65_HS1-834228961_62-HQ-83894_Section_8
Agency: FBI
Page 47
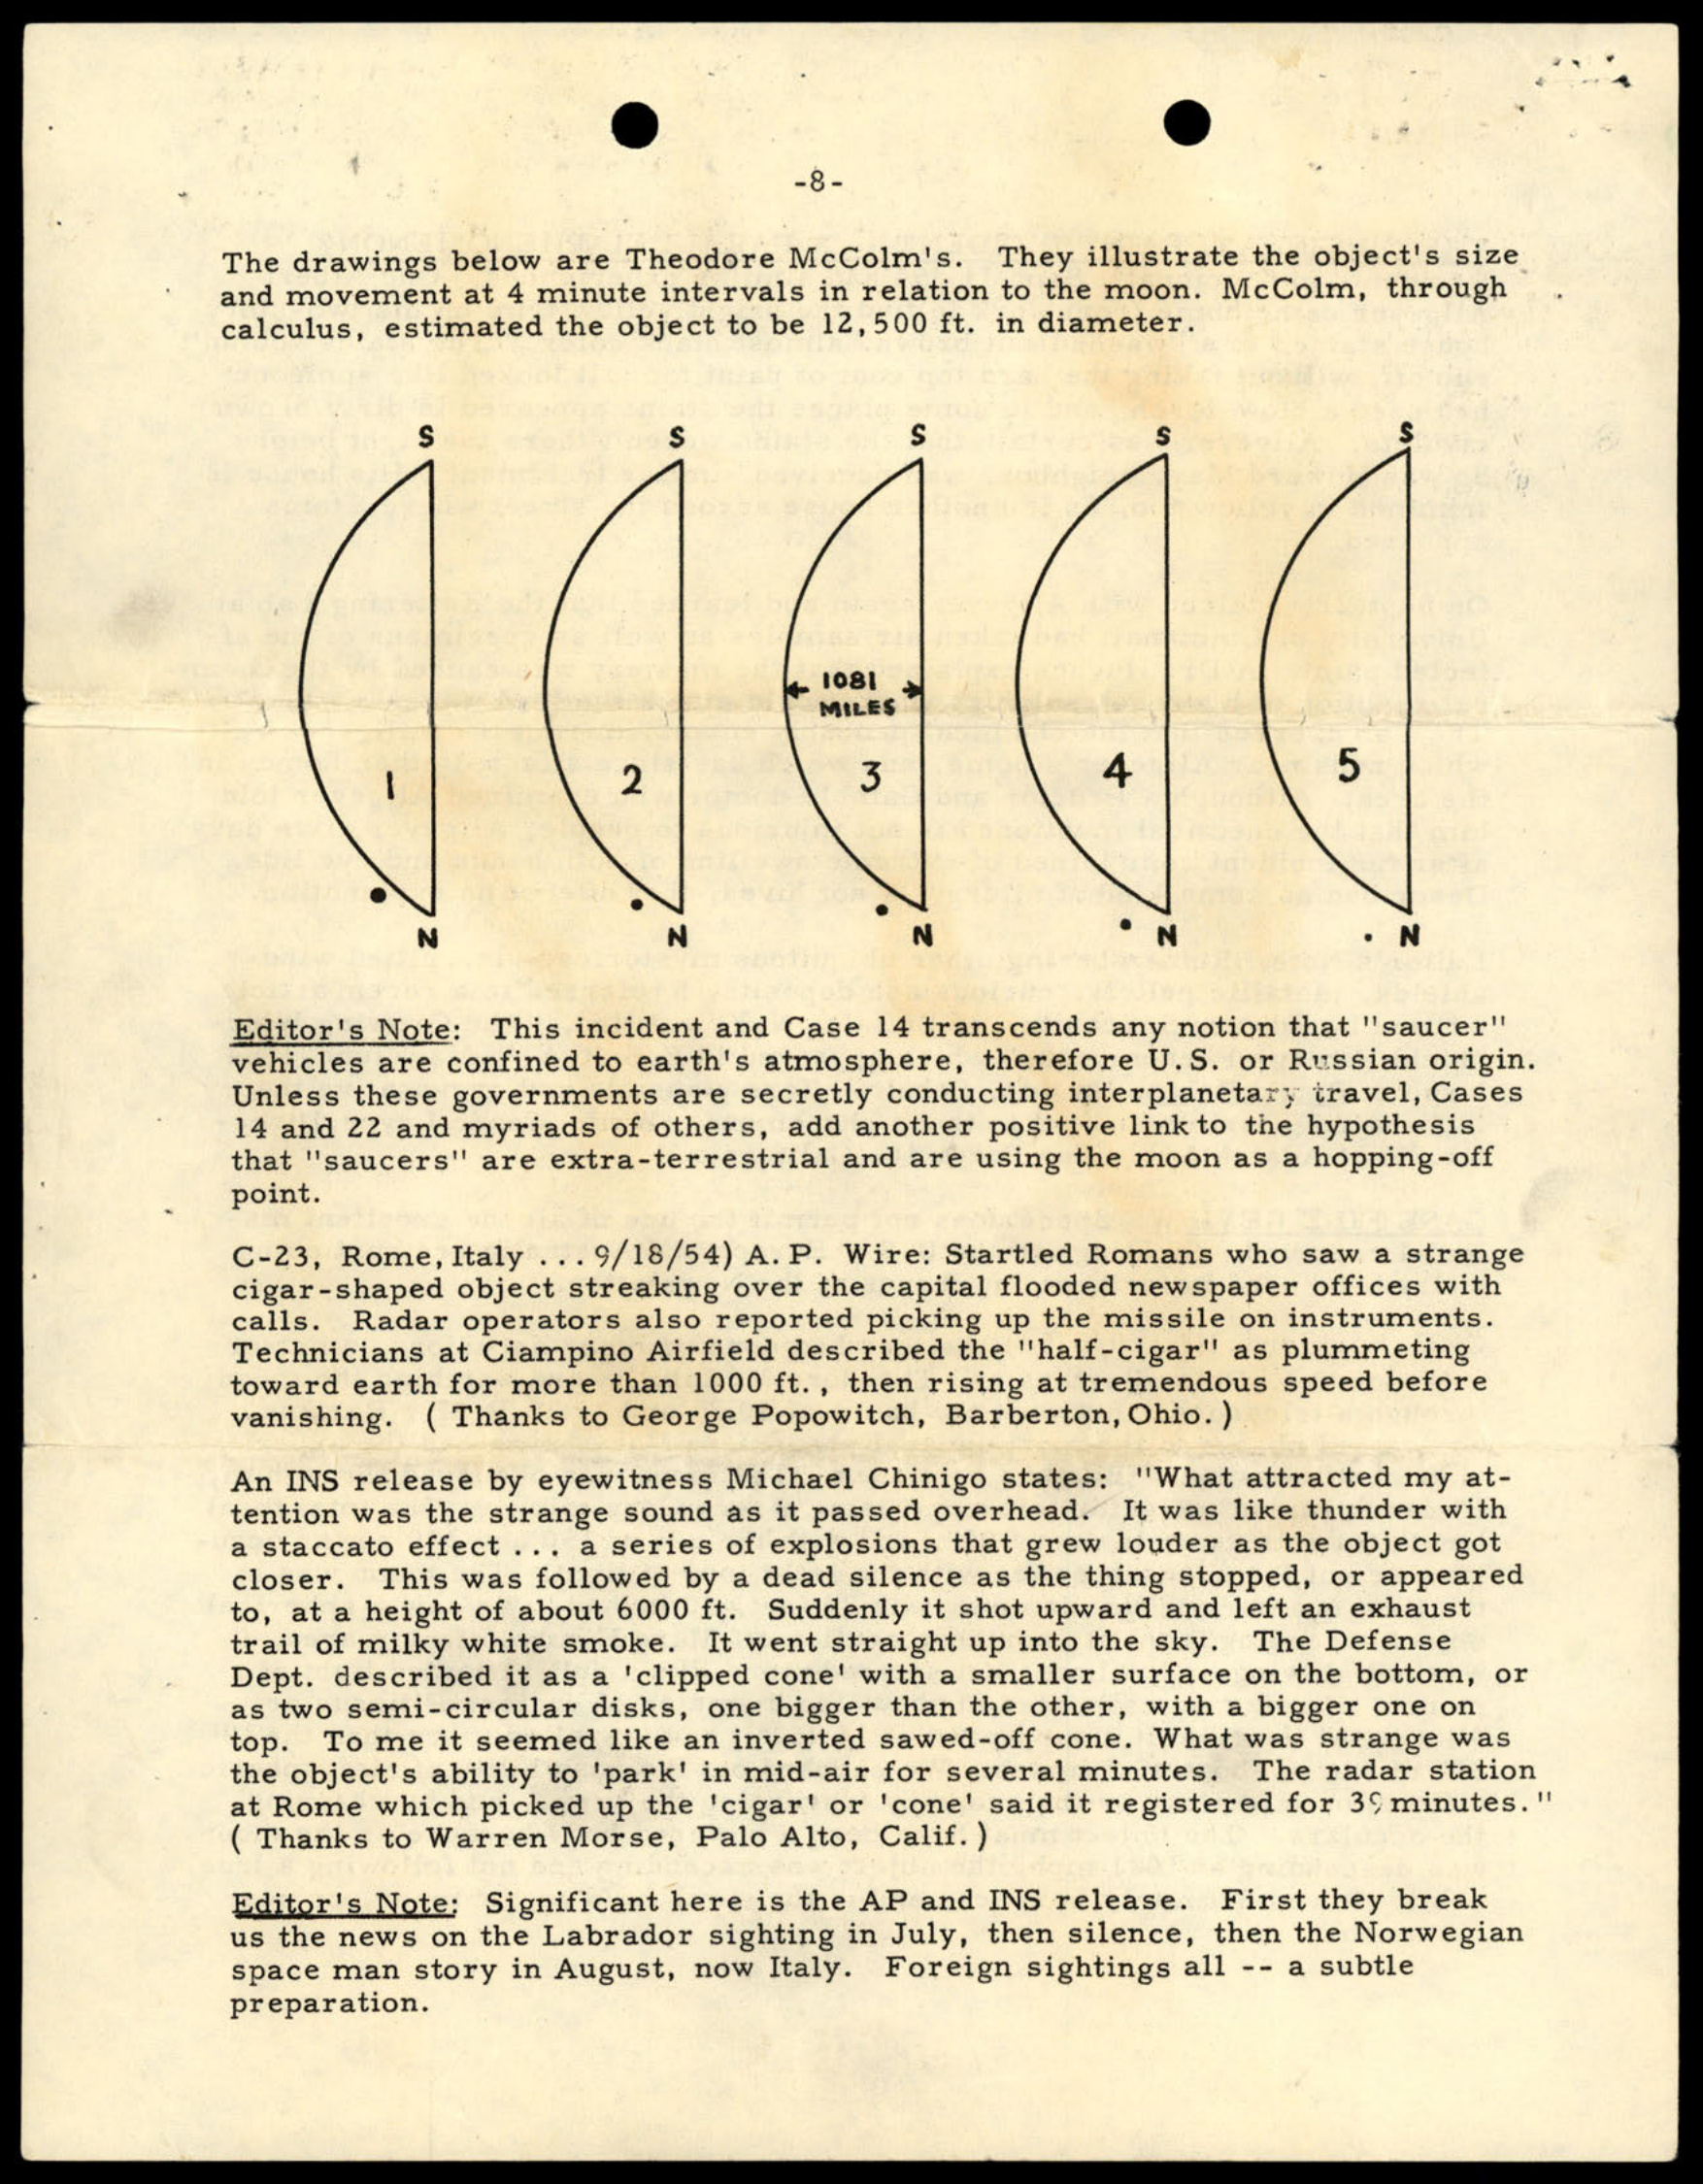